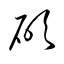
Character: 碩